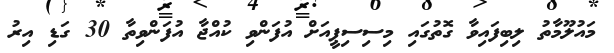
މައުލޫމާތު ލިބިފައިވާ ގޮތުގައި މިސިސިޕީއަށް އުފަންވި ކުއްޖާ އުފަންވިތާ 30 ގަޑި އިރު